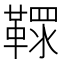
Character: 𩌐